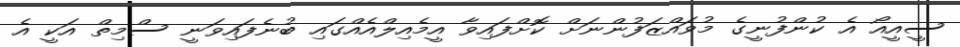
ސީއީއޯ އެ ކުންފުނީގެ މުވައްޒަފުންނަށް ކޮށްފައިވާ އީމެއިލްއެއްގައި ބުނެފައިވަނީ ސްމިތް އަކީ އެ